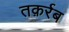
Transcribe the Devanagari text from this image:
तक़र्रब